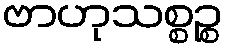
ဗာဟုသစ္စဉ္စ